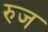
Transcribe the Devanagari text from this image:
रुज